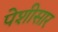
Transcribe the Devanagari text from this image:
पेशीसार